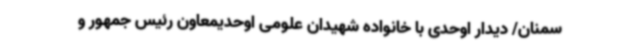
سمنان/ دیدار اوحدی با خانواده شهیدان علومی اوحدیمعاون رئیس جمهور و